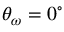
\theta _ { \omega } = 0 ^ { \circ }